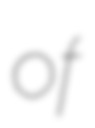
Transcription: of